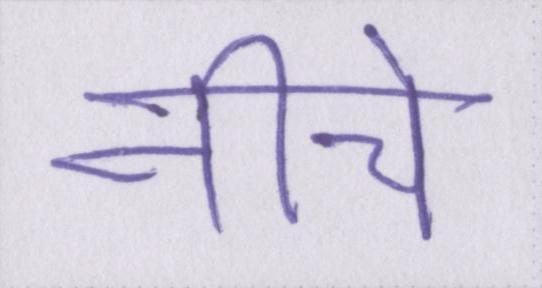
नीचे